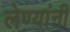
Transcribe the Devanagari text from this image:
लेण्यांनी